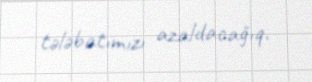
tələbatımızı azaldacağıq.